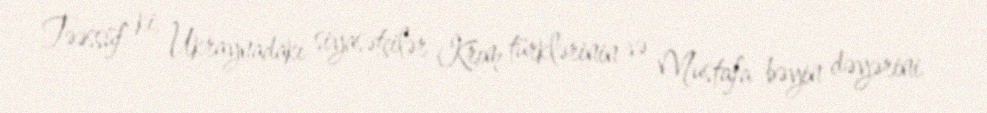
Təəssüf ki, Ukraynadakı siyasətçilər Krım türklərinin və Mustafa bəyin dəyərini